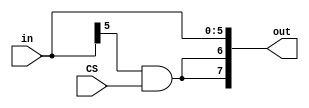
//////////////////////////////////////////////////////////////////////////////////
 
// Module Name: 	Constant Unit
//	Project Name:	Project 1 - Part 2 
//////////////////////////////////////////////////////////////////////////////////

module Constant_Unit #(
								parameter OUT_BUS_WIDTH = 8,
								parameter IN_BUS_WIDTH = 6,
								parameter EXT_WIDTH = OUT_BUS_WIDTH - IN_BUS_WIDTH
							)
							(
								in, 
								CS, 
								out
							);
							
							input wire [IN_BUS_WIDTH - 1:0] in;
							input wire CS;
							output wire [OUT_BUS_WIDTH - 1:0] out;
							 
							assign out = {{EXT_WIDTH{(in[IN_BUS_WIDTH - 1] & CS)}}, in[IN_BUS_WIDTH - 1:0]};

endmodule